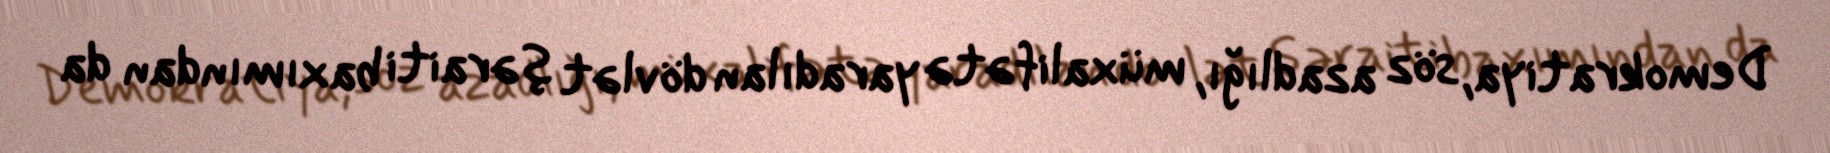
Demokratiya, söz azadlığı, müxalifətə yaradılan dövlət şəraiti baxımından da